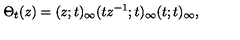
\Theta _ { t } ( z ) = ( z ; t ) _ { \infty } ( t z ^ { - 1 } ; t ) _ { \infty } ( t ; t ) _ { \infty } ,